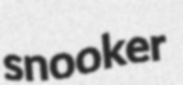
snooker